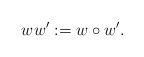
LaTeX: \begin{align*} ww':=w\circ w'.\end{align*}